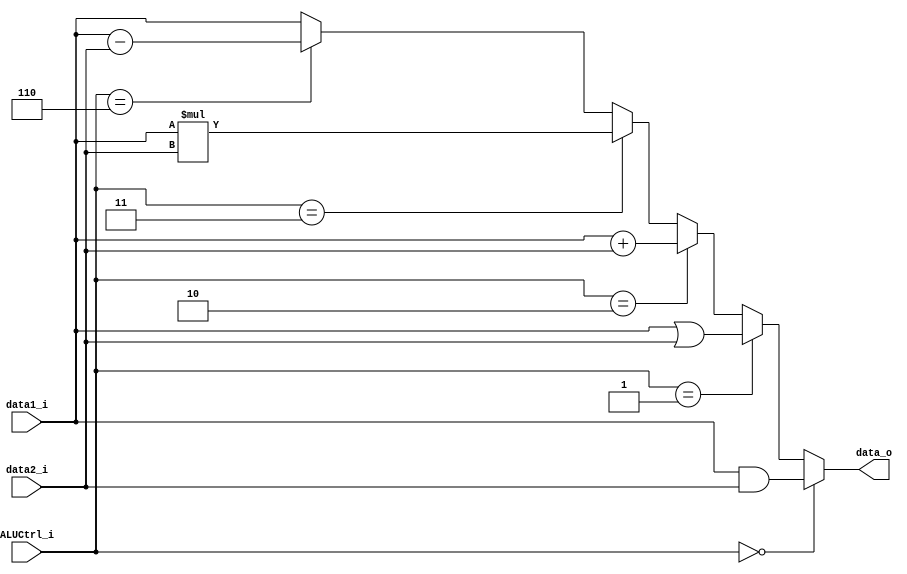
`timescale 1 ns/1 ns

module ALU(data1_i, data2_i, ALUCtrl_i, data_o);
input [31:0] data1_i, data2_i;
input [2:0] ALUCtrl_i;
output reg[31:0] data_o;
//wire [31:0] data_o;
//reg [31:0] data_out_tmp;

//assign data_o = data_out_tmp;

always@(data1_i, data2_i, ALUCtrl_i)begin
  if(ALUCtrl_i==3'b000)begin
    data_o = data1_i & data2_i;
  end
  else if(ALUCtrl_i==3'b001)begin
    data_o = data1_i | data2_i;
  end
  else if(ALUCtrl_i==3'b010)begin
    data_o = data1_i + data2_i;
  end
  else if(ALUCtrl_i==3'b011)begin
    data_o = data1_i * data2_i;
  end
  else if(ALUCtrl_i==3'b110)begin
    data_o = data1_i - data2_i;
  end
  else begin
    data_o = data1_i;
  end
end

endmodule